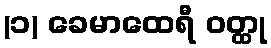
(၁) ခေမာထေရီ ဝတ္ထု